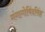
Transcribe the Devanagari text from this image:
गंगागोविंदसिंह